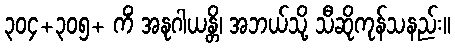
၃၀၄+၃၀၅+ ကိံ အနုဂါယန္တိ၊ အဘယ်သို့ သီဆိုကုန်သနည်း။